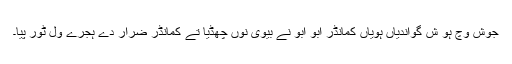
جوش وچ ہو ش گواندیاں ہویاں کمانڈر ابو ابو نے بیوی نوں چھڈیا تے کمانڈر ضرار دے ہجرے ول ٹور پیا۔